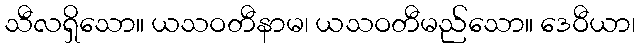
သီလရှိသော။ ယသဝတီနာမ၊ ယသဝတီမည်သော။ ဒေဝီယာ၊